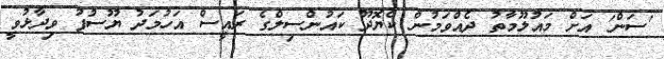
'ސަން' އަށް މައުލޫމާތު ދެއްވަމުން ކެޔޮދޫ ކައުންސިލްގެ ރައީސް އަހުމަދު ޔޫސުފު ވިދާޅުވީ